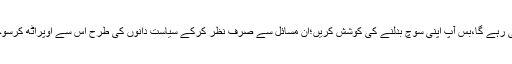
خیر،یہ چمن یوں ہی رہے گا،بس آپ اپنی سوچ بدلنے کی کوشش کریں؛ان مسائل سے صرف نظر کرکے سیاست دانوں کی طرح اس سے اوپراٹھ کرسوچنے کامزاج بنائیں۔